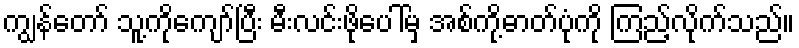
ကျွန်တော် သူ့ကိုကျော်ပြီး မီးလင်းဖိုပေါ်မှ အစ်ကို့ဓာတ်ပုံကို ကြည့်လိုက်သည်။